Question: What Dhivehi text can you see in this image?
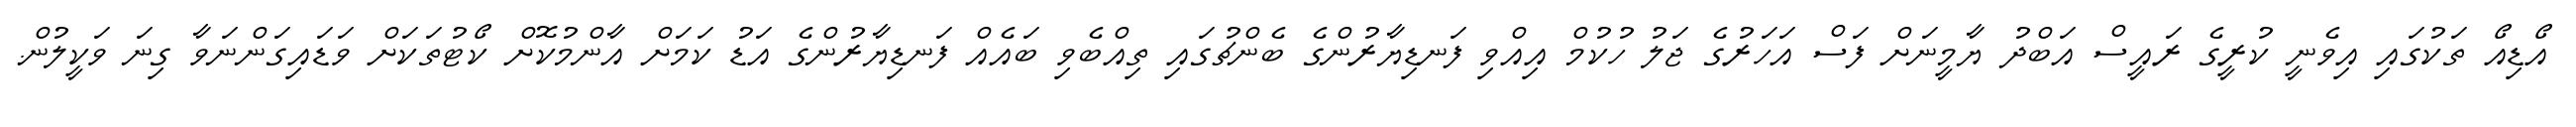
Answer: އޯޑިއޯ ތަކުގައި އިވެނީ ކުރީގެ ރައީސް އަބްދު ޔާމީނަށް ފަސް އަހަރުގެ ޖަލު ހުކުމް އިއްވި ފަނޑިޔާރުންގެ ބެންޗުގައި ތިއްބެވި ބައެއް ފަނޑިޔާރުންގެ އަޑު ކަމަށް އާންމުކޮށް ކޯޓުތަކަށް ވަޑައިގަންނަވާ ގިނަ ވަކީލުން.